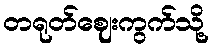
တရုတ်ဈေးကွက်သို့